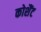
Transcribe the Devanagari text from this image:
कोशैंट